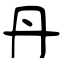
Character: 丹